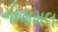
ગોવામલ